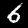
Digit: 6